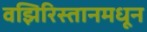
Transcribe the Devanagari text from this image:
वझिरिस्तानमधून